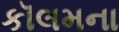
કૉલમના